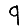
Digit: 9